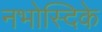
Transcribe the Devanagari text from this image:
नभोस्दिके